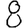
Digit: 8